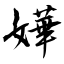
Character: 嬅